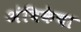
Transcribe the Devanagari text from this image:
अंबिकेचा